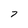
Character: 7